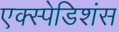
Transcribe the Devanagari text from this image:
एक्स्पेडिशंस